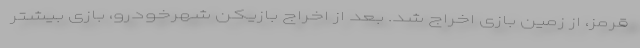
قرمز، از زمین بازی اخراج شد. بعد از اخراج بازیکن شهرخودرو، بازی بیشتر